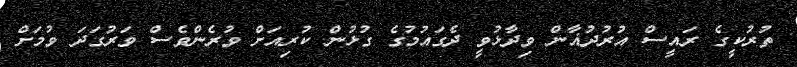
ތުރުކީގެ ރައީސް އުރުދުޣާން ވިދާޅުވީ ދެގައުމުގެ ގުޅުން ކުރިއަށް ވުރެންވެސް ވަރުގަދަ ވުމަށް